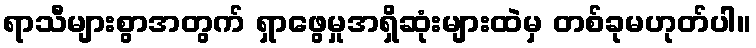
ရာသီများစွာအတွက် ရှာဖွေမှုအရှိဆုံးများထဲမှ တစ်ခုမဟုတ်ပါ။